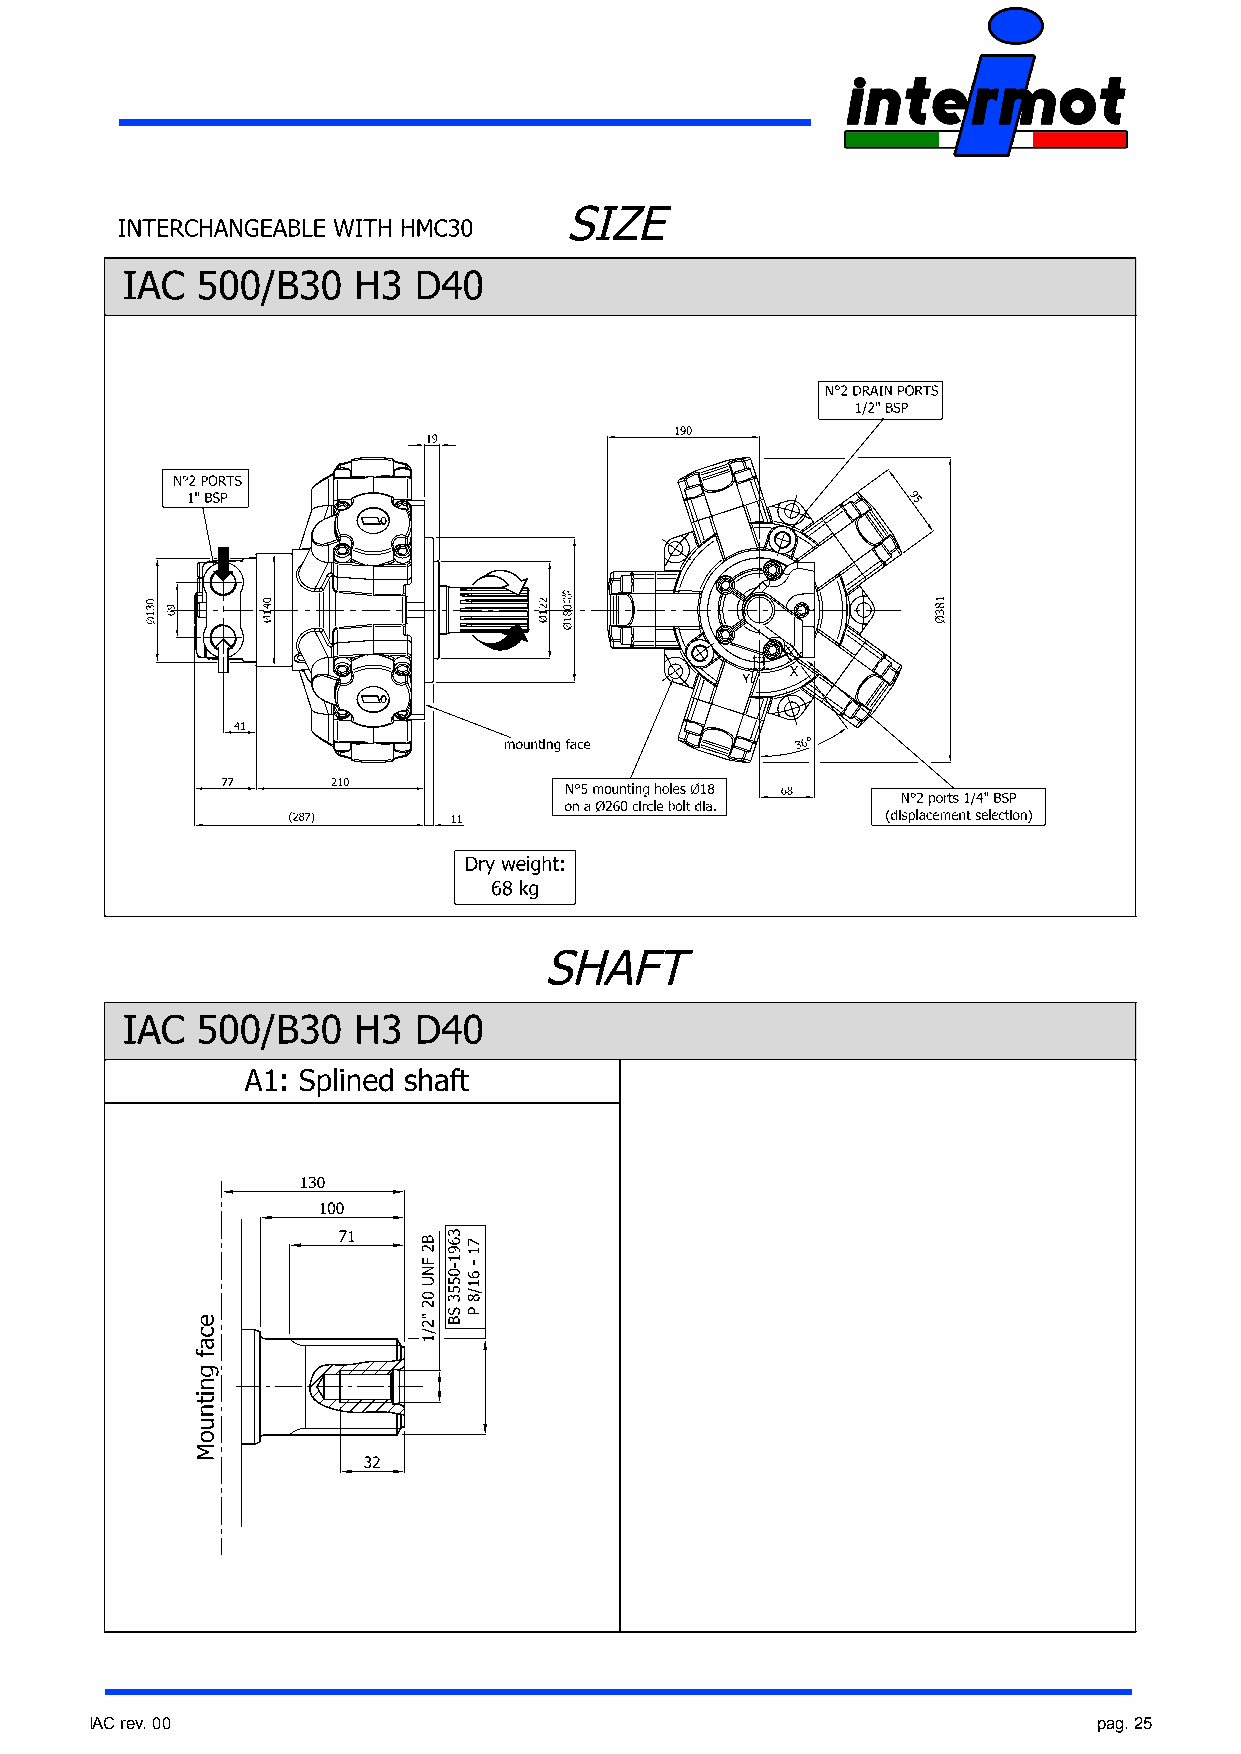
IAC rev. 00                                                        pag. 25